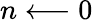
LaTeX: n\longleftarrow 0